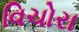
વિચોરા